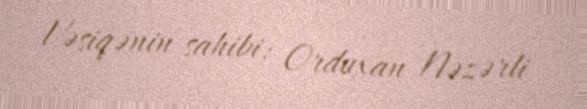
Vəsiqənin sahibi: Orduxan Nəzərli